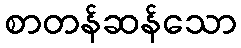
စာတန်ဆန်သော